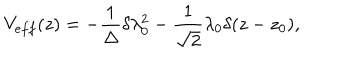
V _ { e f f } ( z ) = - \frac { 1 } { \Delta } \delta \lambda _ { 0 } ^ { 2 } - \frac { 1 } { \sqrt { 2 } } \lambda _ { 0 } \delta ( z - z _ { 0 } ) ,